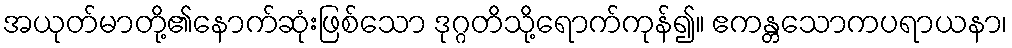
အယုတ်မာတို့၏နောက်ဆုံးဖြစ်သော ဒုဂ္ဂတိသို့ရောက်ကုန်၍။ ဧကန္တသောကပရာယနာ၊